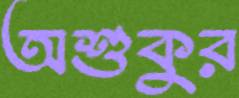
অশুকুর